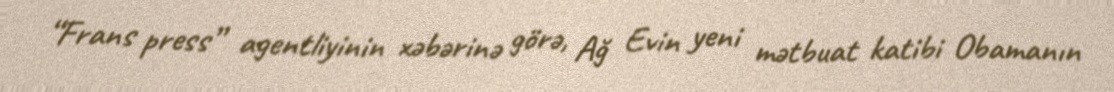
“Frans press” agentliyinin xəbərinə görə, Ağ Evin yeni mətbuat katibi Obamanın